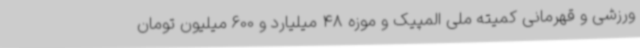
ورزشی و قهرمانی کمیته ملی المپیک و موزه 48 میلیارد و 600 میلیون تومان